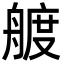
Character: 艔